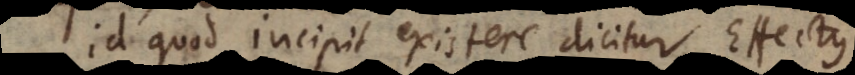
Id quod incipit existere dicitur Effectus